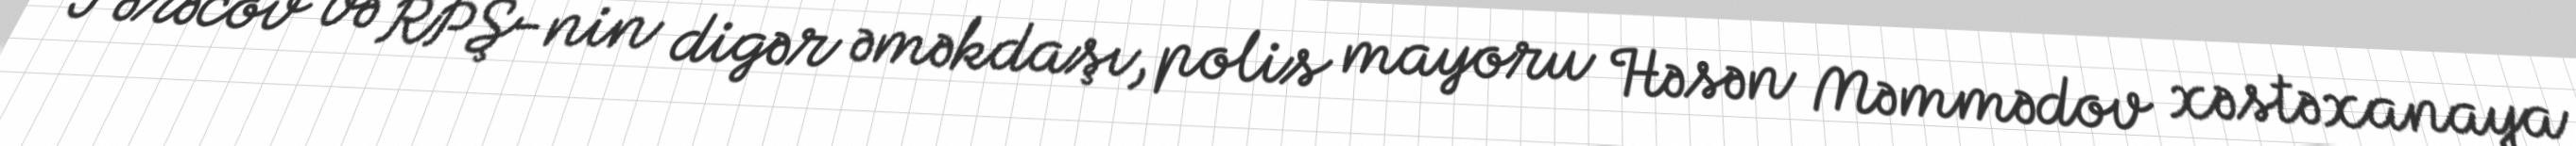
Fərəcov və RPŞ-nin digər əməkdaşı, polis mayoru Həsən Məmmədov xəstəxanaya